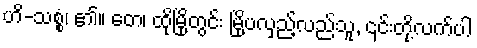
ဟိ-သစ္စံ၊ ၏။ တေ၊ ထိုမြို့တွင်း မြို့ပလှည့်လည်သူ, ၎င်းတို့လက်ပါ